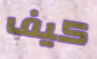
كيف